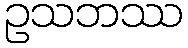
ဥသဘဿ